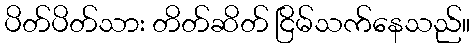
ပိတ်ပိတ်သား တိတ်ဆိတ် ငြိမ်သက်နေသည်။